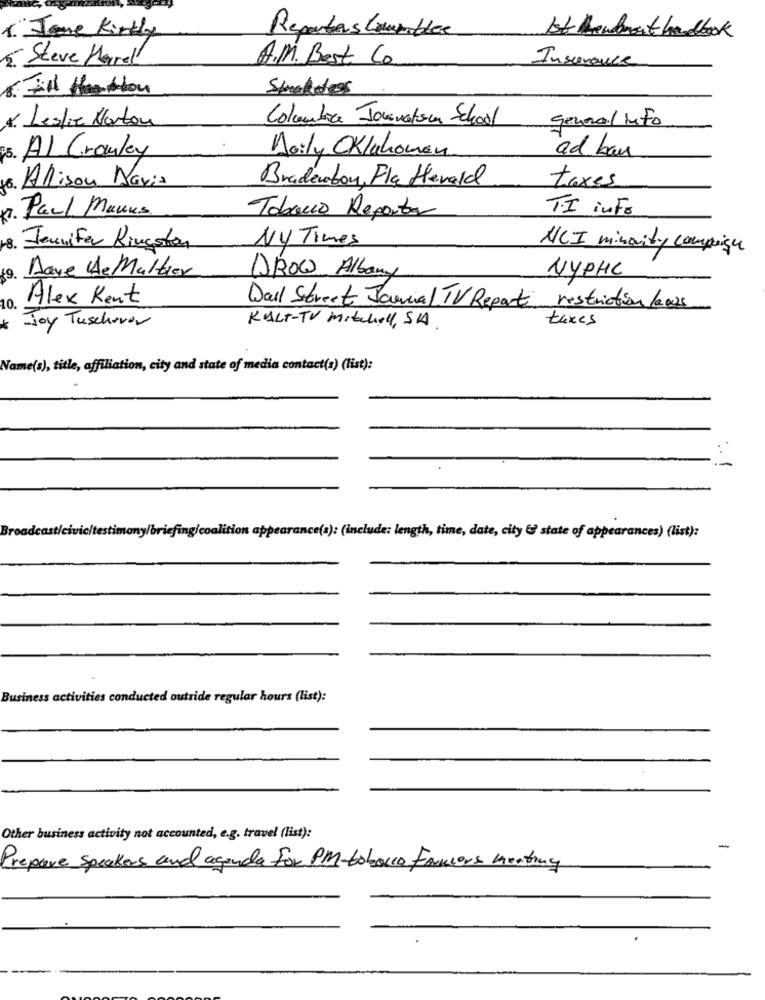
1. Jene Kindly
Reporters Lownoble
1st treatment handbook
5. Steve Harrel
A.M. Best Co
Insurance
Speakdess
general Info
4. Leslie Norton
Columbia Jonenatom School
5. Al Crawley
Doily Oklahoman
ad ban
. Allison Davis
Bradenboy, Fla Herald
taxes
16.
T.I info
Paul Manus
Tobacco Reportar
Ny Times
8. Jennifer Kingston
NCI minority comprise
Dave HeMaltier
DROW Albany
NYPHC
19.
Alex Kent
10.
Wall Street Journal TV Report restriction laoss
Joy Tuschevor
KULT-TV Mitchell, SA.
taxes
Name(s), title, affiliation, city and state of media contact(s) (list):
--
lition appearance(a): (include: length, time, date, city & state of appearances) (list):
Busi
ted outside regular hours (list):
Other business activity not accounted, e.g. travel (list):
-
Prepare speakers and agenda For PM-tobacco Farmors meating